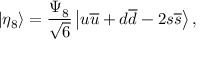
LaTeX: \left| \eta _ { 8 } \right\rangle = \frac { \Psi _ { 8 } } { \sqrt { 6 } } \left| u \overline { { { u } } } + d \overline { { { d } } } - 2 s \overline { { { s } } } \right\rangle ,